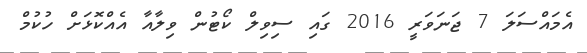
އެމައްސަލަ 7 ޖަނަވަރީ 2016 ގައި ސިވިލް ކޯޓުން ވިލާއާ އެއްކޮޅަށް ހުކުމް